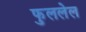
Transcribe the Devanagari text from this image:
फुललेल